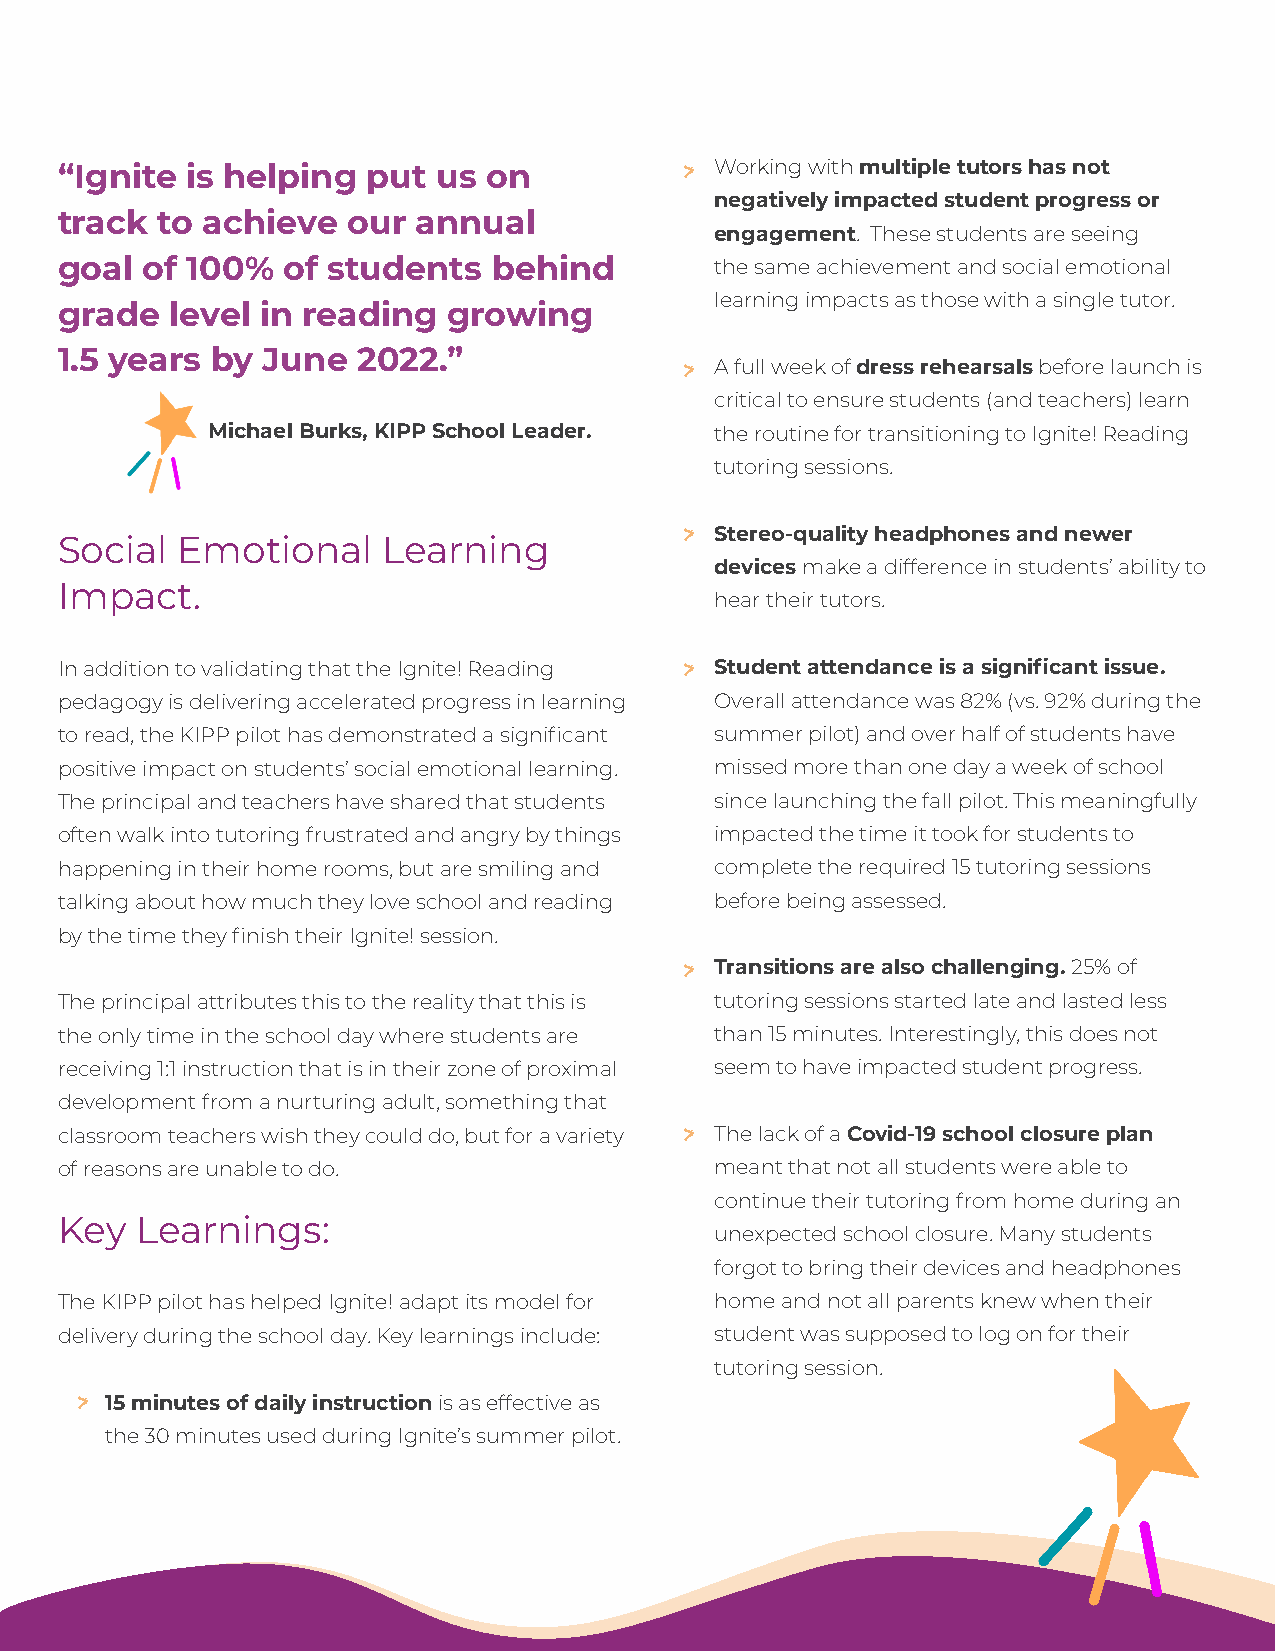
“Ignite is helping  put  us on             Working with multiple tutors has not
 >
 negatively impacted student progress or
 track to achieve   our  annual
 engagement. These students are seeing
 goal of 100%   of students   behind        the same achievement and social emotional
 learning impacts as those with a single tutor.
 grade  level in reading   growing
 1.5 years by June   2022.”
 A full week of dress rehearsals before launch is
 >
 critical to ensure students (and teachers) learn
 Michael Burks, KIPP School Leader. the routine for transitioning to Ignite! Reading
 tutoring sessions.
 Stereo-quality headphones and newer
 Social  Emotional    Learning            >
 devices make a difference in students’ ability to
 Impact.
 hear their tutors.
 In addition to validating that the Ignite! Reading Student attendance is a significant issue.
 >
 pedagogy is delivering accelerated progress in learning Overall attendance was 82% (vs. 92% during the
 to read, the KIPP pilot has demonstrated a significant summer pilot) and over half of students have
 positive impact on students’ social emotional learning. missed more than one day a week of school
 The principal and teachers have shared that students since launching the fall pilot. This meaningfully
 often walk into tutoring frustrated and angry by things impacted the time it took for students to
 happening in their home rooms, but are smiling and complete the required 15 tutoring sessions
 talking about how much they love school and reading before being assessed.
 by the time they finish their Ignite! session.
 Transitions are also challenging. 25% of
 >
 The principal attributes this to the reality that this is tutoring sessions started late and lasted less
 the only time in the school day where students are than 15 minutes. Interestingly, this does not
 receiving 1:1 instruction that is in their zone of proximal seem to have impacted student progress.
 development from a nurturing adult, something that
 classroom teachers wish they could do, but for a variety The lack of a Covid-19 school closure plan
 >
 of reasons are unable to do.               meant that not all students were able to
 continue their tutoring from home during an
 Key  Learnings:
 unexpected school closure. Many students
 forgot to bring their devices and headphones
 The KIPP pilot has helped Ignite! adapt its model for home and not all parents knew when their
 delivery during the school day. Key learnings include: student was supposed to log on for their
 tutoring session.
 15 minutes of daily instruction is as effective as
 >
 the 30 minutes used during Ignite’s summer pilot.